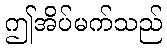
ဤအိပ်မက်သည်